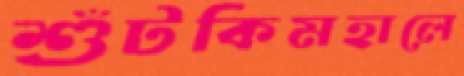
শুঁটকিমহালে